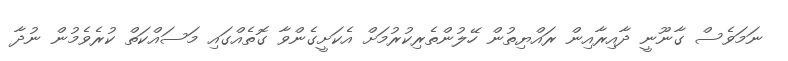
ނަމަވެސް ގާނޫނީ ދާއިރާއިން ރައްޔިތުން ހޭލުންތެރިކުރުމަށް އެކަށީގެންވާ ގޮތެއްގައި މަސައްކަތް ކުރެވެމުން ނުދާ